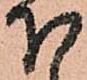
下